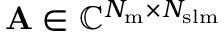
\mathbf { A } \in \mathbb { C } ^ { N _ { \mathrm { { m } } } \times N _ { \mathrm { { s l m } } } }